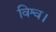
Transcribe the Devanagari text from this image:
विश्व।